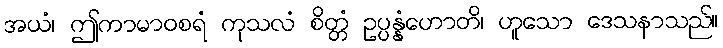
အယံ၊ ဤကာမာဝစရံ ကုသလံ စိတ္တံ ဥပ္ပန္နံဟောတိ၊ ဟူသော ဒေသနာသည်။